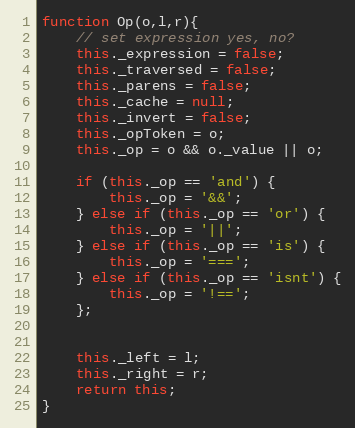
Language: JavaScript
function Op(o,l,r){
	// set expression yes, no?
	this._expression = false;
	this._traversed = false;
	this._parens = false;
	this._cache = null;
	this._invert = false;
	this._opToken = o;
	this._op = o && o._value || o;

	if (this._op == 'and') {
		this._op = '&&';
	} else if (this._op == 'or') {
		this._op = '||';
	} else if (this._op == 'is') {
		this._op = '===';
	} else if (this._op == 'isnt') {
		this._op = '!==';
	};

	this._left = l;
	this._right = r;
	return this;
}